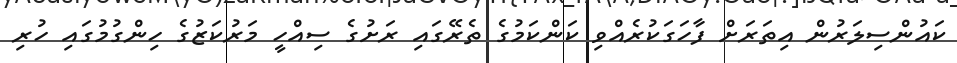
ކައުންސިލަރުން އިތަރަށް ފާހަގަކުރެއްވި ކަންކަމުގެ ތެރޭގައި ރަށުގެ ސިއްހީ މަރުކަޒުގެ ހިންގުމުގައި ހުރި